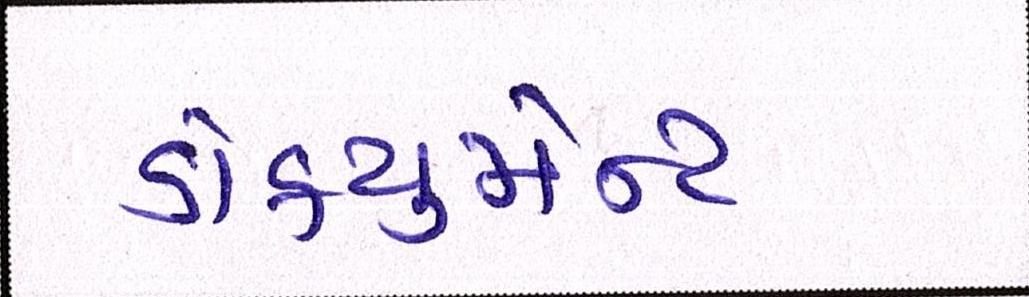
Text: ડોકયુમેન્ટ